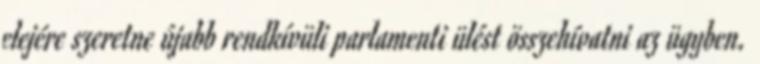
elejére szeretne újabb rendkívüli parlamenti ülést összehívatni az ügyben.